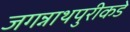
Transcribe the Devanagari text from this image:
जगन्नाथपुरीकडे